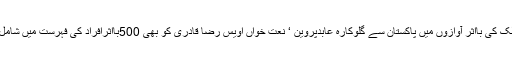
اسلامی مملک کی بااثر آوازوں میں پاکستان سے گلوکارہ عابدپروین ‘ نعت خواں اویس رضا قادری کو بھی 500بااثرافراد کی فہرست میں شامل کیاگیاہے۔